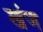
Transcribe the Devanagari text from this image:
खंज